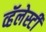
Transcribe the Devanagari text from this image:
व्हॅलेस्टी